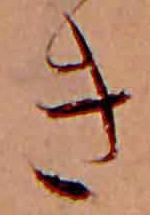
き